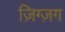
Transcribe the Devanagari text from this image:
ज़िग्ज़ग